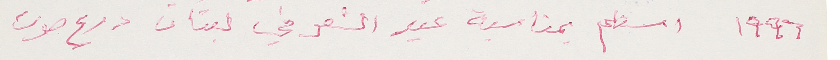
١٩٩٦ استلم بمناسبة عيد الشعر في لبنان درع صوت